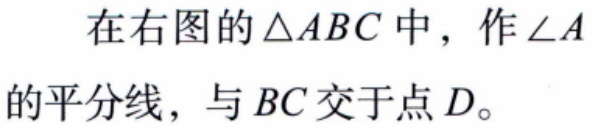
在右图的\(\triangle ABC\)中，作\(\angle A\)的平分线，与\(BC\)交于点\(D\)。